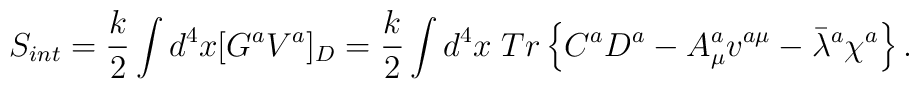
S_{int}=\frac{k}{2}\int d^4 x[G^aV^a]_D=\frac{k}{2}\int d^4 x\; Tr\left\{C^aD^a-A^a_{\mu}v^{a\mu}-\bar{\lambda}{}^a\chi^a\right\}.